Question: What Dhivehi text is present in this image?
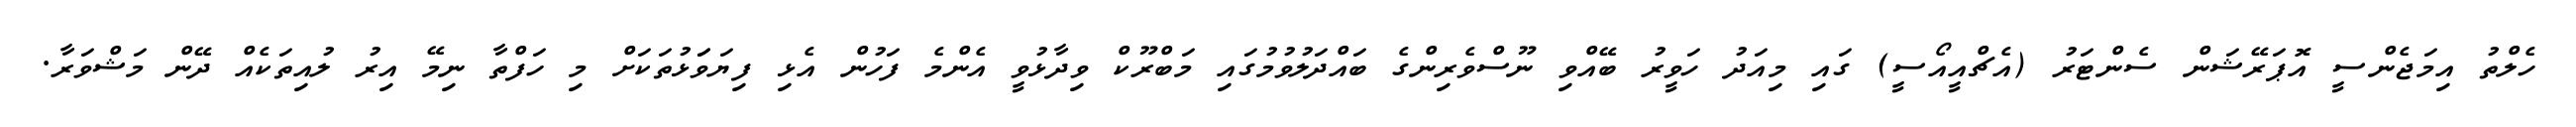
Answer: ހެލްތު އިމަޖެންސީ އޮޕަރޭޝަން ސެންޓަރު (އެޗްއީއޯސީ) ގައި މިއަދު ހަވީރު ބޭއްވި ނޫސްވެރިންގެ ބައްދަލުވުމުގައި މަބްރޫކް ވިދާޅުވީ އެންމެ ފަހުން އެޅި ފިޔަވަަޅުތަކަށް މި ހަފްތާ ނިމޭ އިރު ލުއިތަކެއް ދޭން މަޝްވަރާ.